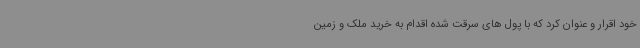
خود اقرار و عنوان کرد که با پول های سرقت شده اقدام به خرید ملک و زمین